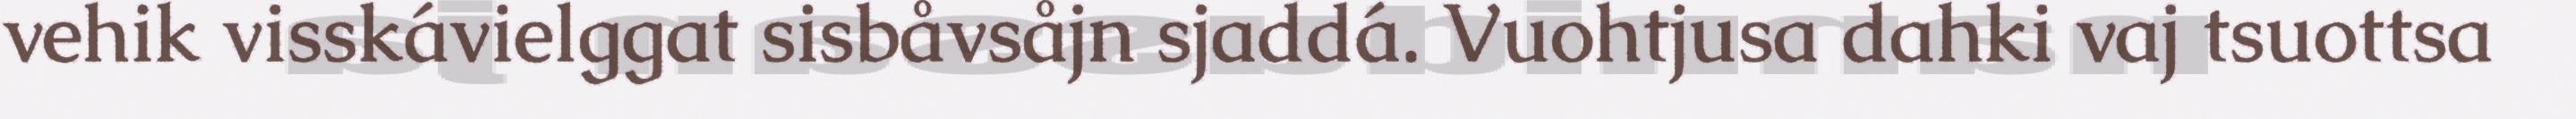
vehik visskávielggat sisbåvsåjn sjaddá. Vuohtjusa dahki vaj tsuottsa